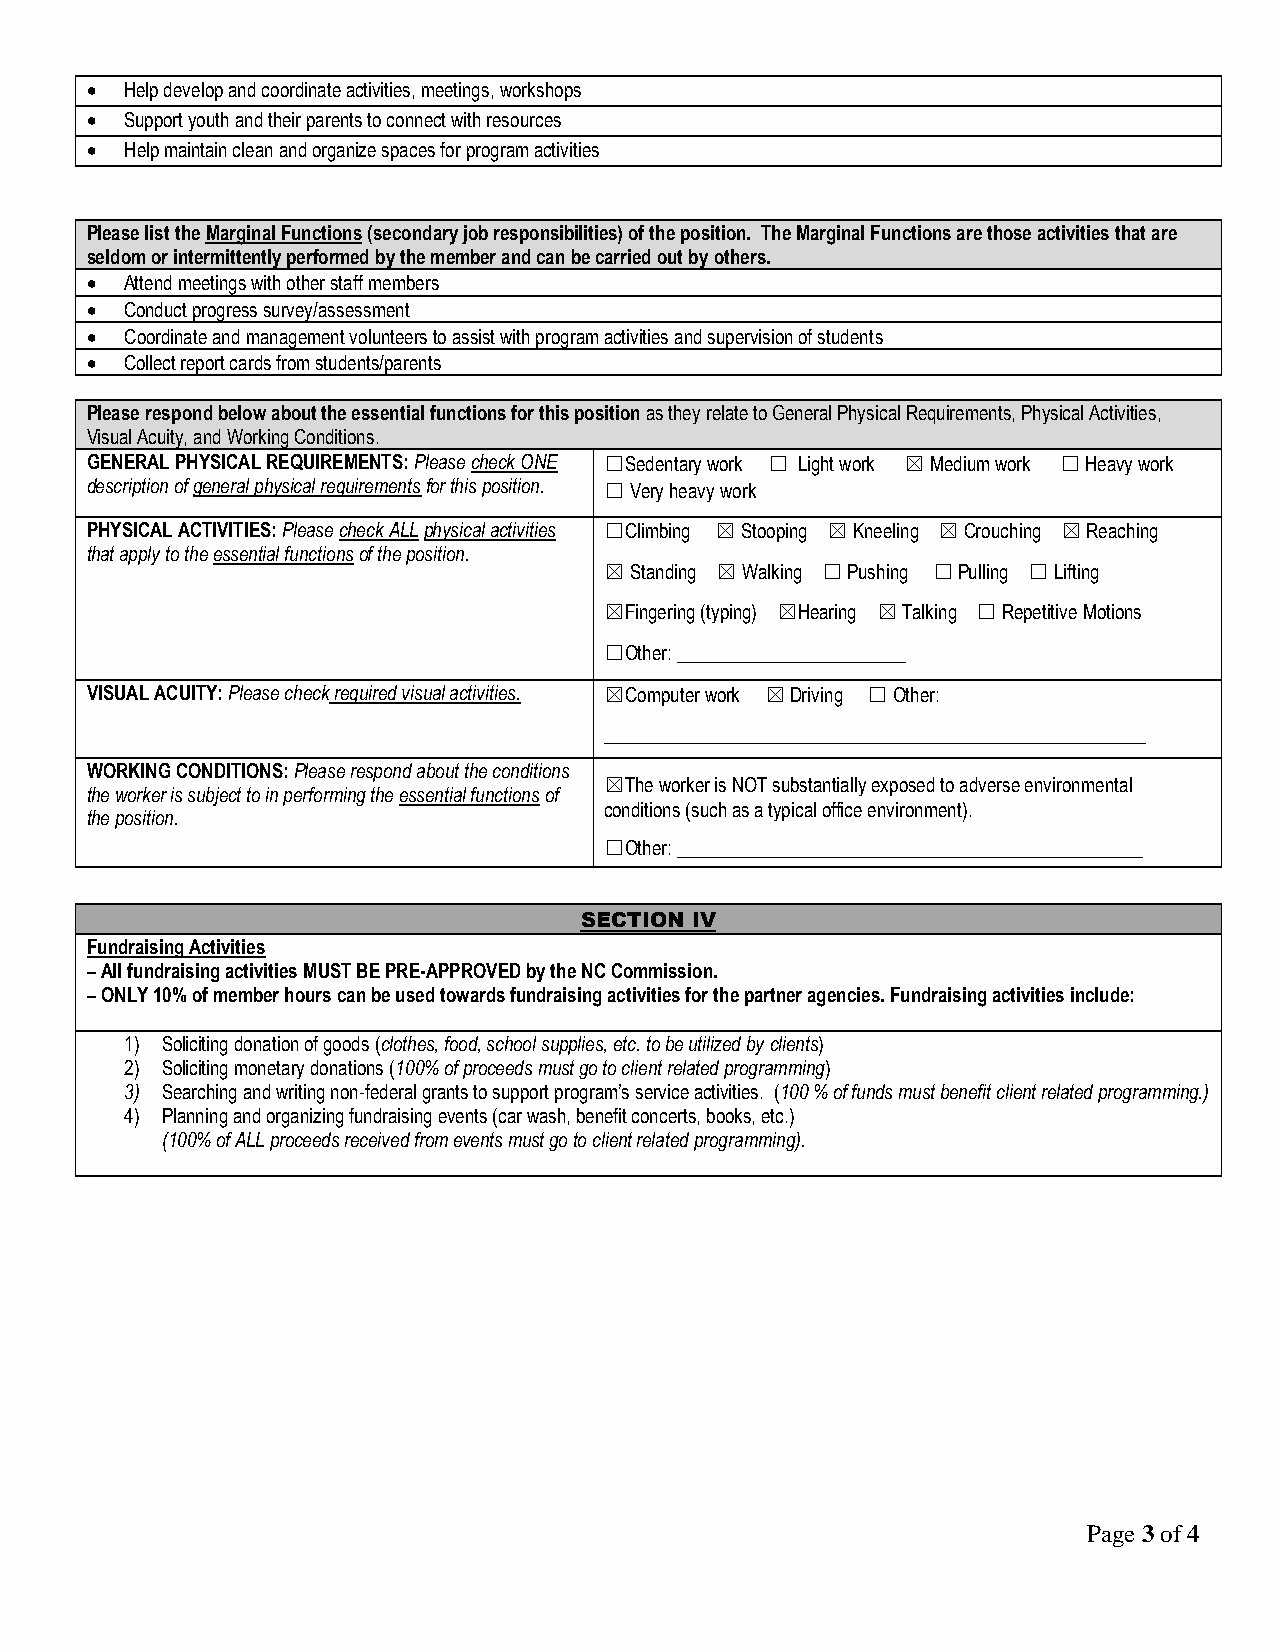
• Help develop and coordinate activities, meetings, workshops
 • Support youth and their parents to connect with resources
 • Help maintain clean and organize spaces for program activities
 Please list the Marginal Functions (secondary job responsibilities) of the position. The Marginal Functions are those activities that are
 seldom or intermittently performed by the member and can be carried out by others.
 • Attend meetings with other staff members
 • Conduct progress survey/assessment
 • Coordinate and management volunteers to assist with program activities and supervision of students
 • Collect report cards from students/parents
 Please respond below about the essential functions for this position as they relate to General Physical Requirements, Physical Activities,
 Visual Acuity, and Working Conditions.
 GENERAL PHYSICAL REQUIREMENTS: Please check ONE ☐Sedentary work ☐ Light work ☒ Medium work ☐ Heavy work
 description of general physical requirements for this position. ☐ V e r y h e a v y w ork
 PHYSICAL ACTIVITIES: Please check ALL physical activities ☐Climbing ☒ Stooping ☒ Kneeling ☒ Crouching ☒ Reaching
 that apply to the essential functions of the position.
 ☒ Standing ☒ Walking ☐ Pushing ☐ Pulling ☐ Lifting
 ☒Fingering (typing) ☒Hearing ☒ Talking ☐ Repetitive Motions
 ☐Other: ________________________
 VISUAL ACUITY: Please check required visual activities. ☒Computer work ☒ Driving ☐ Other:
 _________________________________________________________
 WORKING CONDITIONS: Please respond about the conditions
 ☒The worker is NOT substantially exposed to adverse environmental
 the worker is subject to in performing the essential functions of
 conditions (such as a typical office environment).
 the position.
 ☐Other: _________________________________________________
 SECTION IV
 Fundraising Activities
 – All fundraising activities MUST BE PRE-APPROVED by the NC Commission.
 – ONLY 10% of member hours can be used towards fundraising activities for the partner agencies. Fundraising activities include:
 1) Soliciting donation of goods (clothes, food, school supplies, etc. to be utilized by clients)
 2) Soliciting monetary donations (100% of proceeds must go to client related programming)
 3) Searching and writing non-federal grants to support program’s service activities. (100 % of funds must benefit client related programming.)
 4) Planning and organizing fundraising events (car wash, benefit concerts, books, etc.)
 (100% of ALL proceeds received from events must go to client related programming).
 Page 3 of 4